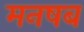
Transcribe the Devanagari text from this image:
मनषब